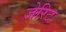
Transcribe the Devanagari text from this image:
जेरिट